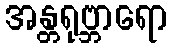
အန္တရုဗ္ဘာရော